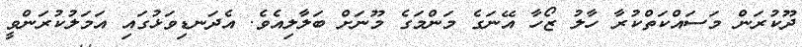
ދޫކުރަން މަސައްކަތްކުރާ ހާލު ޒޯހާ އޭނަގެ މަންމަގެ މޫނަށް ބަލާލިއެވެ. އެދަނޑިވަޅުގައި އަމަލުކުރަންވީ